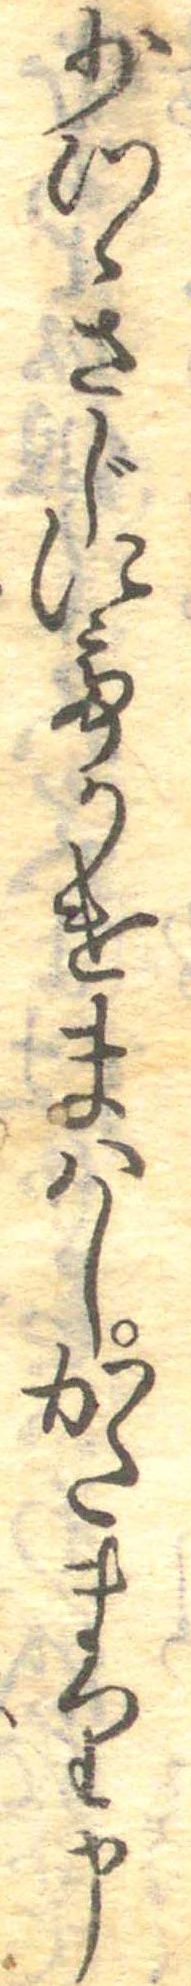
少つゝさじにてかけまはしかたまり申